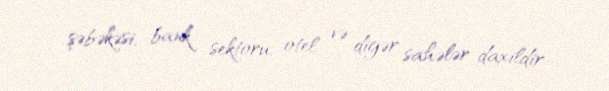
şəbəkəsi, bank sektoru, otel və digər sahələr daxildir.